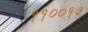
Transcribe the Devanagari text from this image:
११००१७